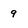
Character: 9